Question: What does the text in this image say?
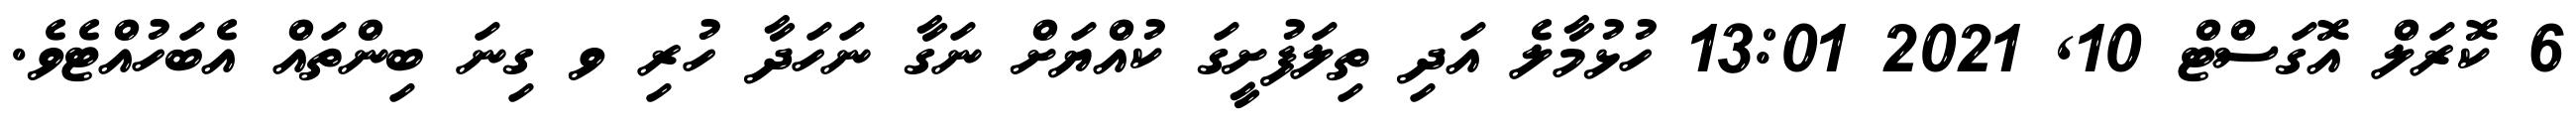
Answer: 6 ކޮރަލް އޮގަސްޓް 10, 2021 13:01 ހުޅުމާލެ އަދި ތިލަފުށީގަ ކުއްޔަށް ނަގާ ނަހަދާ ހުރި ވ ގިނަ ބިންތައް އެބަހުއްޓެވެ.